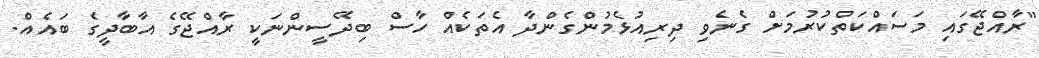
"ރާއްޖޭގައި މަސައްކަތްކުރުމަށް ގެނެވި ދިރިއުޅެމުންގެންދާ އެތަކެއް ހާސް ބިދޭސީންނަކީ ރާއްޖޭގެ އާބާދީގެ ބައެއް.